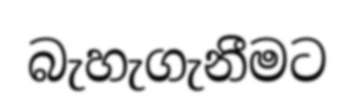
බැහැගැනීමට